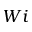
W i